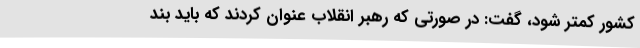
کشور کمتر شود، گفت: در صورتی که رهبر انقلاب عنوان کردند که باید بند